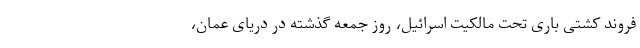
فروند کشتی باری تحت مالکیت اسرائیل، روز جمعه گذشته در دریای عمان،